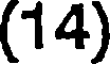
(14)